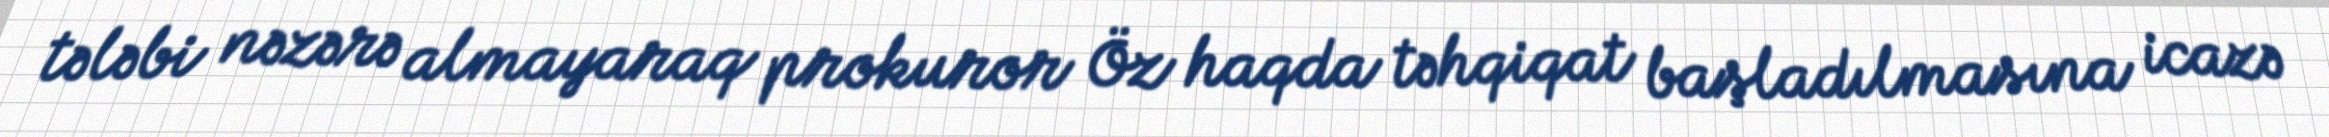
tələbi nəzərə almayaraq prokuror Öz haqda təhqiqat başladılmasına icazə